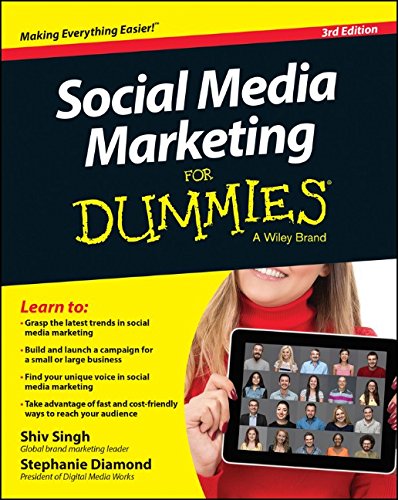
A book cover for Social Media Marketing For Dummies; Shiv Singh; Computers & Technology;